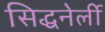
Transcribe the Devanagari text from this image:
सिद्धनेर्ली